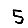
Digit: 5